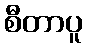
စီတာပူ